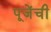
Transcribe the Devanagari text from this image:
पूजेंची